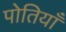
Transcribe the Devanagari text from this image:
पोतियाँ